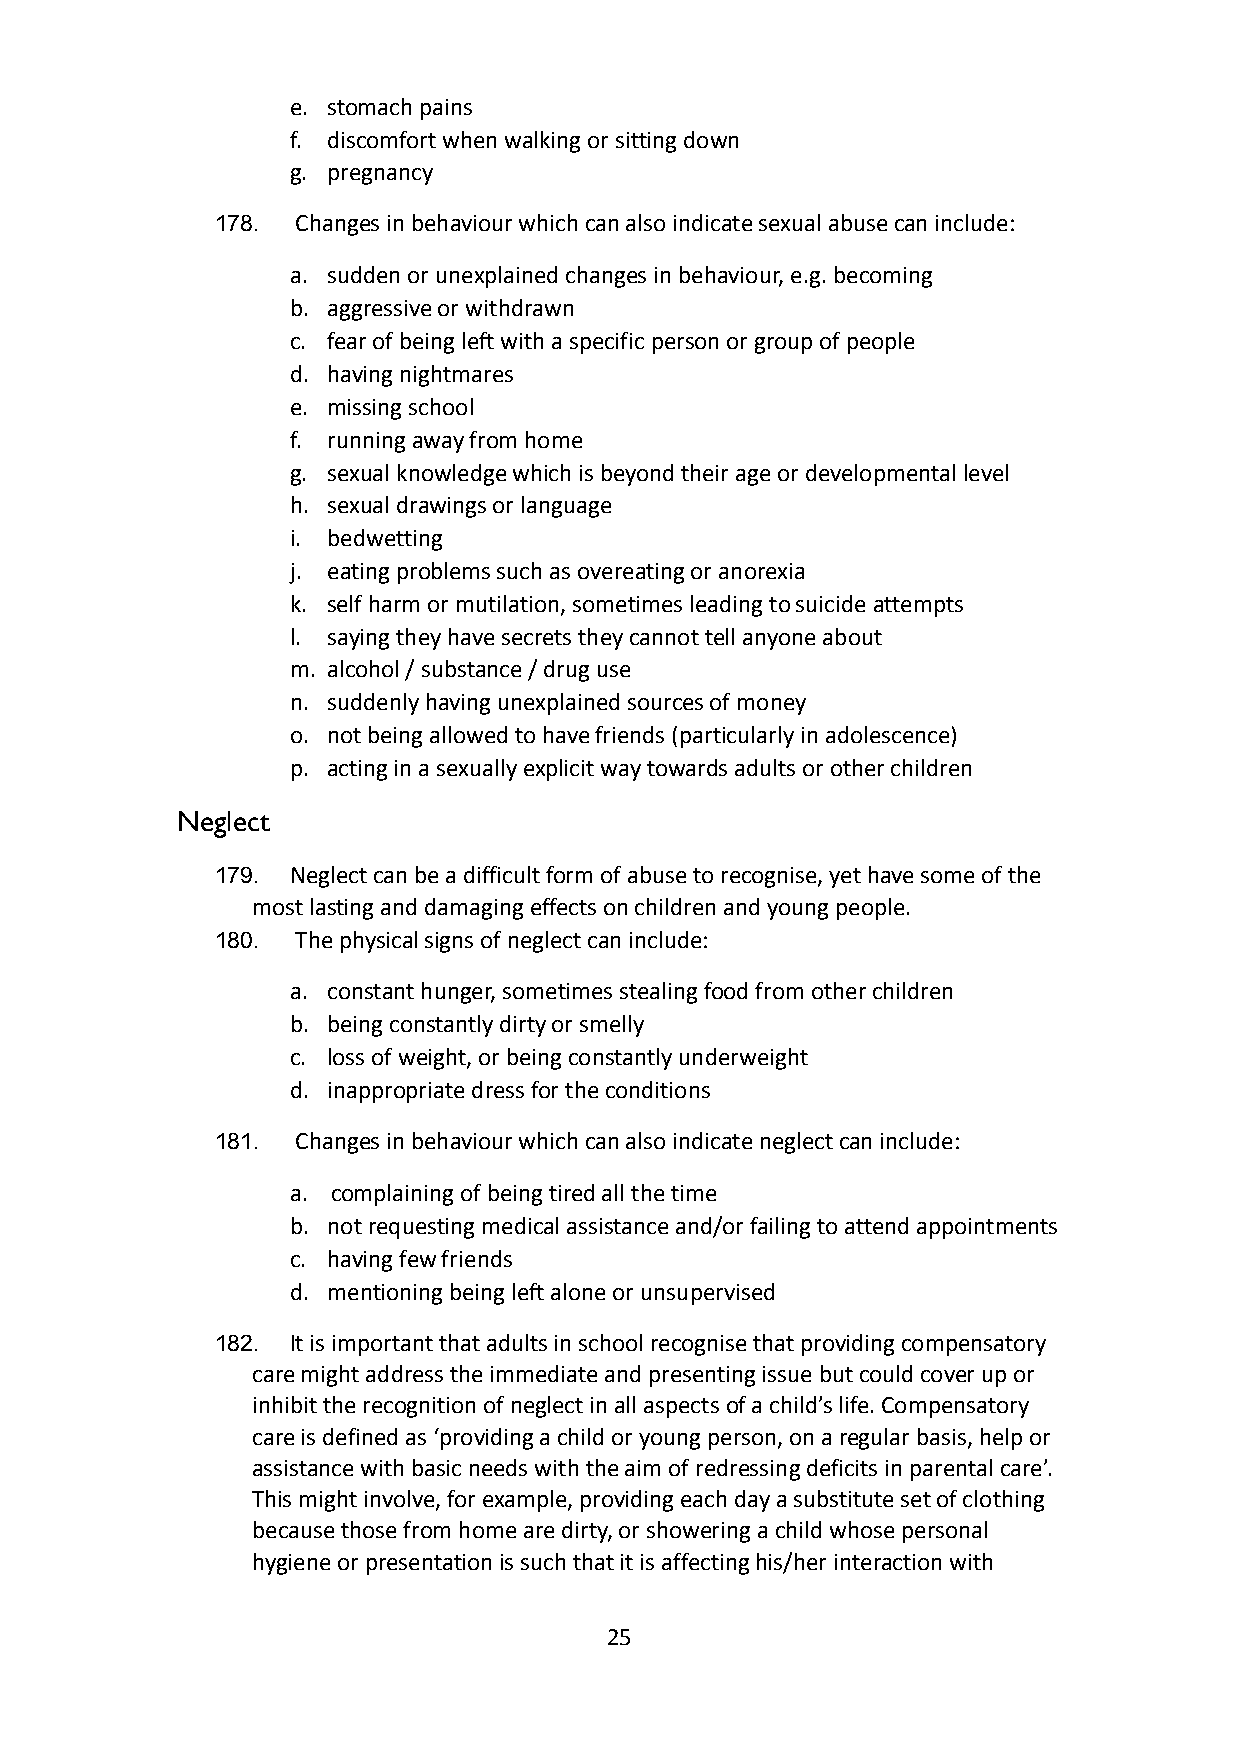
e. stomach pains
 f. discomfort when walking or sitting down
 g. pregnancy
 178.  Changes in behaviour which can also indicate sexualabuse can include:
 a. sudden or unexplained changes in behaviour, e.g. becoming
 b. aggressive or withdrawn
 c. fear of being left with a specific person or groupof people
 d. having nightmares
 e. missing school
 f. running away from home
 g. sexual knowledge which is beyond their age or developmentallevel
 h. sexual drawings or language
 i. bedwetting
 j. eating problems such as overeating or anorexia
 k. self harm or mutilation, sometimes leading to suicideattempts
 l. saying they have secrets they cannot tell anyone about
 m. alcohol / substance / drug use
 n. suddenly having unexplained sources of money
 o. not being allowed to have friends (particularly inadolescence)
 p. acting in a sexually explicit way towards adults orother children
 Neglect
 179. Neglect can be a difficult form of abuse to recognise,yet have some of the
 most lasting and damaging effects on children andyoung people.
 180.  The physical signs of neglect can include:
 a. constant hunger, sometimes stealing food from otherchildren
 b. being constantly dirty or smelly
 c. loss of weight, or being constantly underweight
 d. inappropriate dress for the conditions
 181.  Changes in behaviour which can also indicate neglectcan include:
 a. complaining of being tired all the time
 b. not requesting medical assistance and/or failing toattend appointments
 c. having few friends
 d. mentioning being left alone or unsupervised
 182. It is important that adults in school recognise thatproviding compensatory
 care might address the immediate and presenting issuebut could cover up or
 inhibit the recognition of neglect in all aspectsof a child’s life. Compensatory
 care is defined as ‘providing a child or young person,on a regular basis, help or
 assistance with basic needs with the aim of redressingdeficits in parental care’.
 This might involve, for example, providing each daya substitute set of clothing
 because those from home are dirty, or showering achild whose personal
 hygiene or presentation is such that it is affectinghis/her interaction with
 25